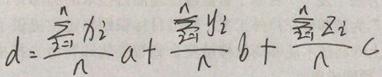
\[ d = \frac{\sum_{i = 1}^{n} x_{i}}{n} a + \frac{\sum_{i = 1}^{n} y_{i}}{n} b + \frac{\sum_{i = 1}^{n} z_{i}}{n} c \]